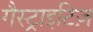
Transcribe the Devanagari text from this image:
गैस्ट्राइटिज़